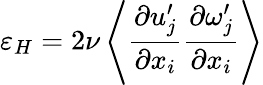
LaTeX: \varepsilon_{H}=2\nu\left\langle{\frac{\partial u_{j}^{\prime}}{\partial x_{i}}\frac{\partial\omega_{j}^{\prime}}{\partial x_{i}}}\right\rangle